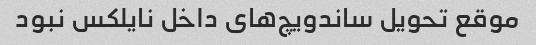
موقع تحویل ساندویچ‌های داخل نایلکس نبود